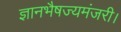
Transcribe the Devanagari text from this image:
ज्ञानभैषज्यमंजरी।